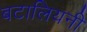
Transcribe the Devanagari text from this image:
बटालियनी